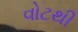
વોટથી